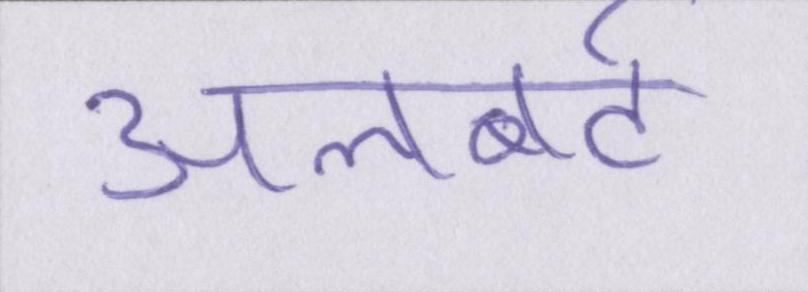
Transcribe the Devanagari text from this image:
अलबर्ट